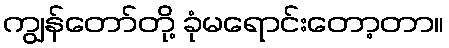
ကျွန်တော်တို့ ခုံမရောင်းတော့တာ။